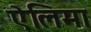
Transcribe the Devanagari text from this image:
ऐलिमा